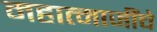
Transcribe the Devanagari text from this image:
महात्माजींचे